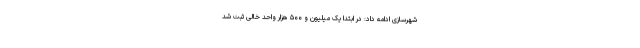
شهرسازی ادامه داد: در ابتدا یک میلیون و ۵۰۰ هزار واحد خالی ثبت شد